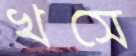
খসে